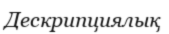
Дескрипциялық